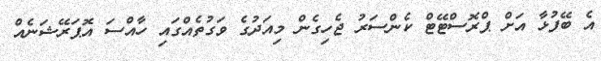
އެ ބޭފުޅާ އަށް ޕްރޮސްޓޭޓް ކެންސަރު ޖެހިގެން މިއަދުގެ ވަގުތެއްގައި ހާއްސަ އޮޕަރޭޝަނެއް